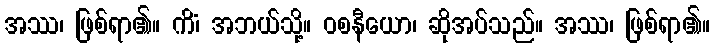
အဿ၊ ဖြစ်ရာ၏။ ကိံ၊ အဘယ်သို့။ ဝစနီယော၊ ဆိုအပ်သည်။ အဿ၊ ဖြစ်ရာ၏။